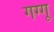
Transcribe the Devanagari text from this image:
गग्गू